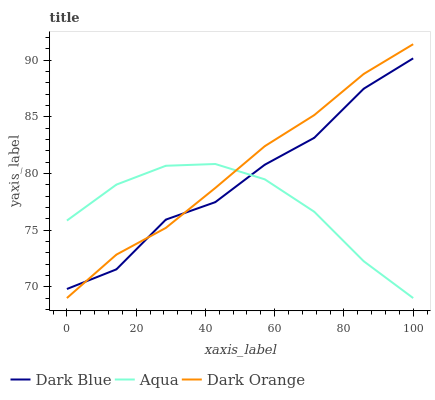
| xaxis_label | Dark Blue | Aqua | Dark Orange |
 | --- | --- | --- | --- |
 | 0 | 69.8 | 75.8 | 69 |
 | 14.3 | 71.5 | 79 | 72.8 |
 | 28.6 | 75.9 | 80.7 | 75.2 |
 | 42.9 | 77.5 | 80.8 | 78.7 |
 | 57.1 | 80.8 | 79.5 | 82.4 |
 | 71.4 | 83.1 | 76.6 | 85.1 |
 | 85.7 | 87.5 | 72.3 | 88.8 |
 | 100 | 90.2 | 69 | 91.4 |